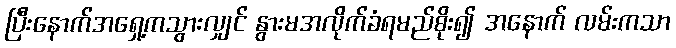
ပြီးနောက်အရှေ့ကသွားလျှင် နွားမအလိုက်ခံရမည်စိုး၍ အနောက် လမ်းကသာ